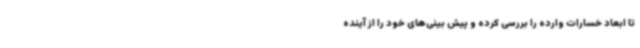
تا ابعاد خسارات وارده را بررسی کرده و پیش بینی‌های خود را از آینده